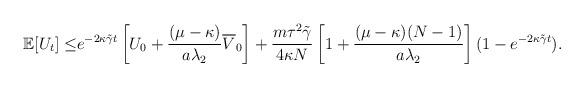
LaTeX: \begin{align*}\mathbb{E}[U_t]\leq & e^{-2\kappa\tilde{\gamma} t}\left[U_0+\frac{(\mu-\kappa)}{a\lambda_2}\overline{V}_0\right] +\frac{m\tau^2\tilde{\gamma}}{4\kappa N}\left[1+\frac{(\mu-\kappa)(N-1)}{a\lambda_2}\right](1-e^{-2\kappa\tilde{\gamma} t}).\end{align*}